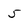
Character: 5